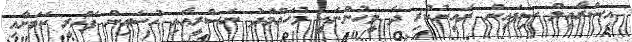
އިސްރާއީލް ސިފައިން ރަހީނުކުރި ދެ މީހުންނަކީ މުހައްމަދު ނަސްރީޢާއި ހުސައިން ފަޚްރީ ކަމަށާއި